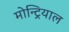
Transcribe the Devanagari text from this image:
मोन्ट्रियाल